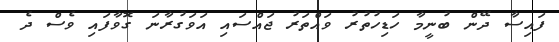
ފައިސާ ދޭން ބުނީމާ ހަޑިހުތުރު ވައްތަރު ޖައްސައި އަވަގުރާނަ ގޮވާފައި ވެސް ދެ